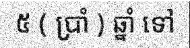
៥ ( ប្រាំ ) ឆ្នាំ ទៅ